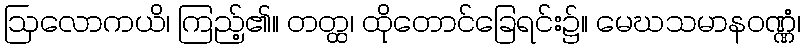
ဩလောကယိ၊ ကြည့်၏။ တတ္ထ၊ ထိုတောင်ခြေရင်း၌။ မေဃသမာနဝဏ္ဏံ၊